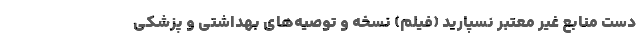
دست منابع غیر معتبر نسپارید (فیلم) نسخه‌ و توصیه‌های بهداشتی و پزشکی